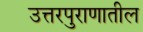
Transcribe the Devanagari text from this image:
उत्तरपुराणातील